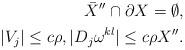
LaTeX: \begin{align*}\bar{X}''\cap\partial X=\emptyset,\\|V_j|\le c\rho ,|D_j\omega ^{kl}|\le c\rho X''.\end{align*}